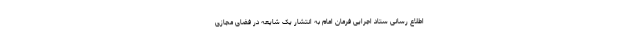
اطلاع رسانی ستاد اجرایی فرمان امام به انتشار یک شایعه در فضای مجازی